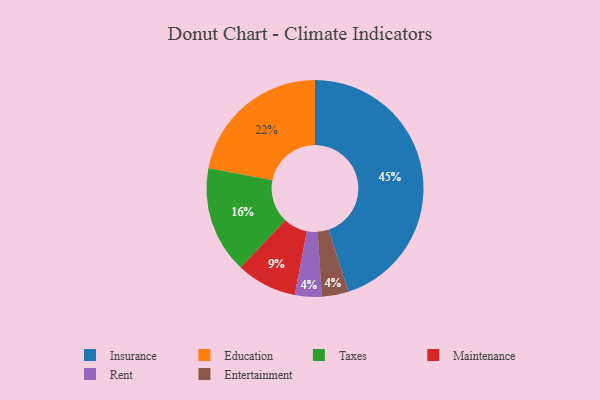
{"axis": {"x": "Category", "y": "Percentage"}, "legend": ["Education", "Entertainment", "Insurance", "Maintenance", "Rent", "Taxes"], "data": [{"x": "Education", "y": 22, "type": "Education"}, {"x": "Insurance", "y": 45, "type": "Insurance"}, {"x": "Maintenance", "y": 9, "type": "Maintenance"}, {"x": "Rent", "y": 4, "type": "Rent"}, {"x": "Entertainment", "y": 4, "type": "Entertainment"}, {"x": "Taxes", "y": 16, "type": "Taxes"}]}